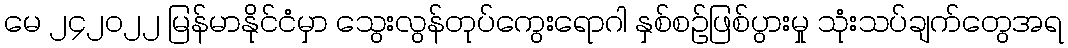
မေ ၂၄၂၀၂၂ မြန်မာနိုင်ငံမှာ သွေးလွန်တုပ်ကွေးရောဂါ နှစ်စဉ်ဖြစ်ပွားမှု သုံးသပ်ချက်တွေအရ